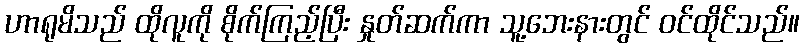
ဟာရုမိသည် ထိုလူကို စိုက်ကြည့်ပြီး နှုတ်ဆက်ကာ သူ့ဘေးနားတွင် ဝင်ထိုင်သည်။